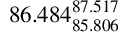
8 6 . 4 8 4 _ { 8 5 . 8 0 6 } ^ { 8 7 . 5 1 7 }